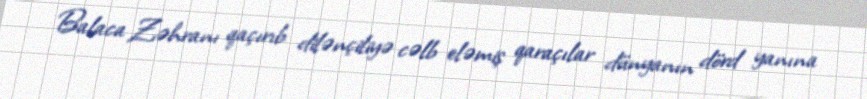
Balaca Zəhranı qaçırıb dilənçiliyə cəlb eləmiş qaraçılar dünyanın dörd yanına